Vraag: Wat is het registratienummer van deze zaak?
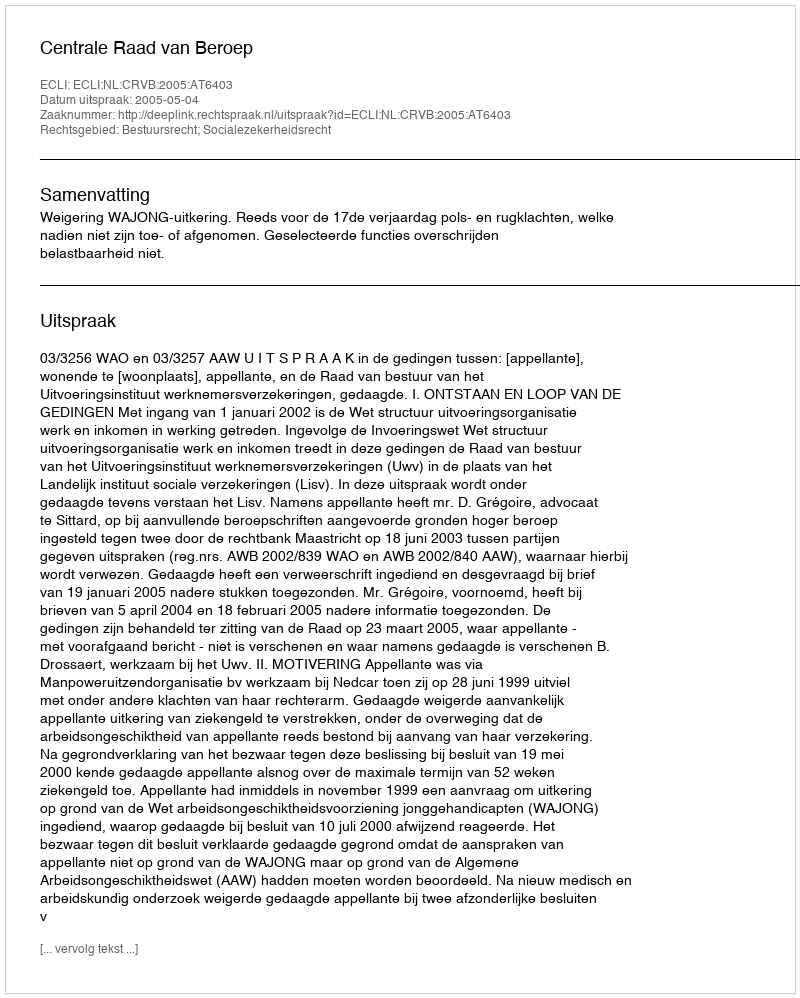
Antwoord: http://deeplink.rechtspraak.nl/uitspraak?id=ECLI:NL:CRVB:2005:AT6403